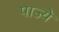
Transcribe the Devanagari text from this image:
पाज्ये